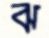
ঝ